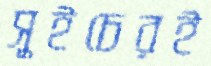
সুইচেরই